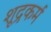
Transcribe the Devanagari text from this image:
शूद्रकर्म